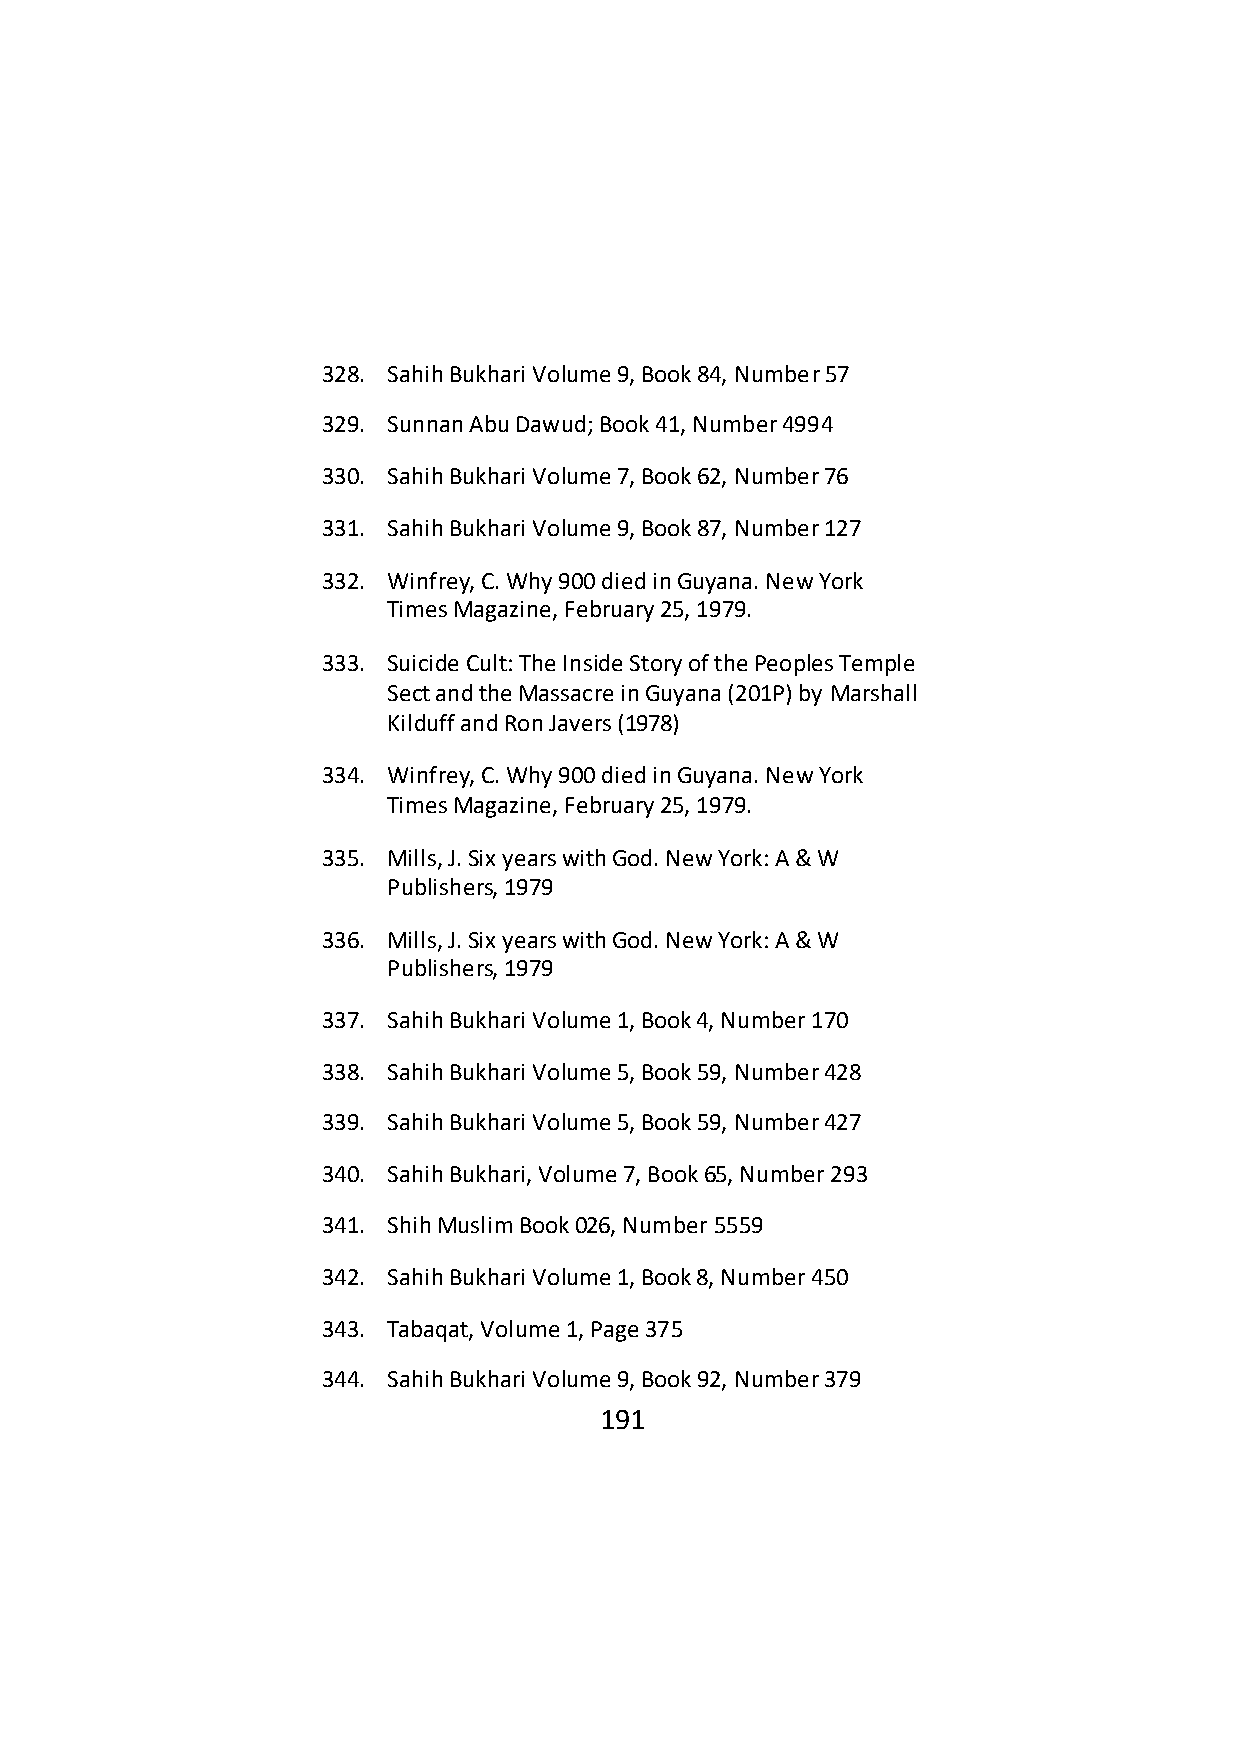
328. Sahih Bukhari Volume 9, Book 84, Number 57
 329. Sunnan Abu Dawud; Book 41, Number 4994
 330. Sahih Bukhari Volume 7, Book 62, Number 76
 331. Sahih Bukhari Volume 9, Book 87, Number 127
 332. Winfrey, C. Why 900 died in Guyana. New York
 Times Magazine, February 25, 1979.
 333. Suicide Cult: The Inside Story of the Peoples Temple
 Sect and the Massacre in Guyana (201P) by Marshall
 Kilduff and Ron Javers (1978)
 334. Winfrey, C. Why 900 died in Guyana. New York
 Times Magazine, February 25, 1979.
 335. Mills, J. Six years with God. New York: A & W
 Publishers, 1979
 336. Mills, J. Six years with God. New York: A & W
 Publishers, 1979
 337. Sahih Bukhari Volume 1, Book 4, Number 170
 338. Sahih Bukhari Volume 5, Book 59, Number 428
 339. Sahih Bukhari Volume 5, Book 59, Number 427
 340. Sahih Bukhari, Volume 7, Book 65, Number 293
 341. Shih Muslim Book 026, Number 5559
 342. Sahih Bukhari Volume 1, Book 8, Number 450
 343. Tabaqat, Volume 1, Page 375
 344. Sahih Bukhari Volume 9, Book 92, Number 379
 191